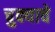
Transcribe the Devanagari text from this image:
चुक्याचे